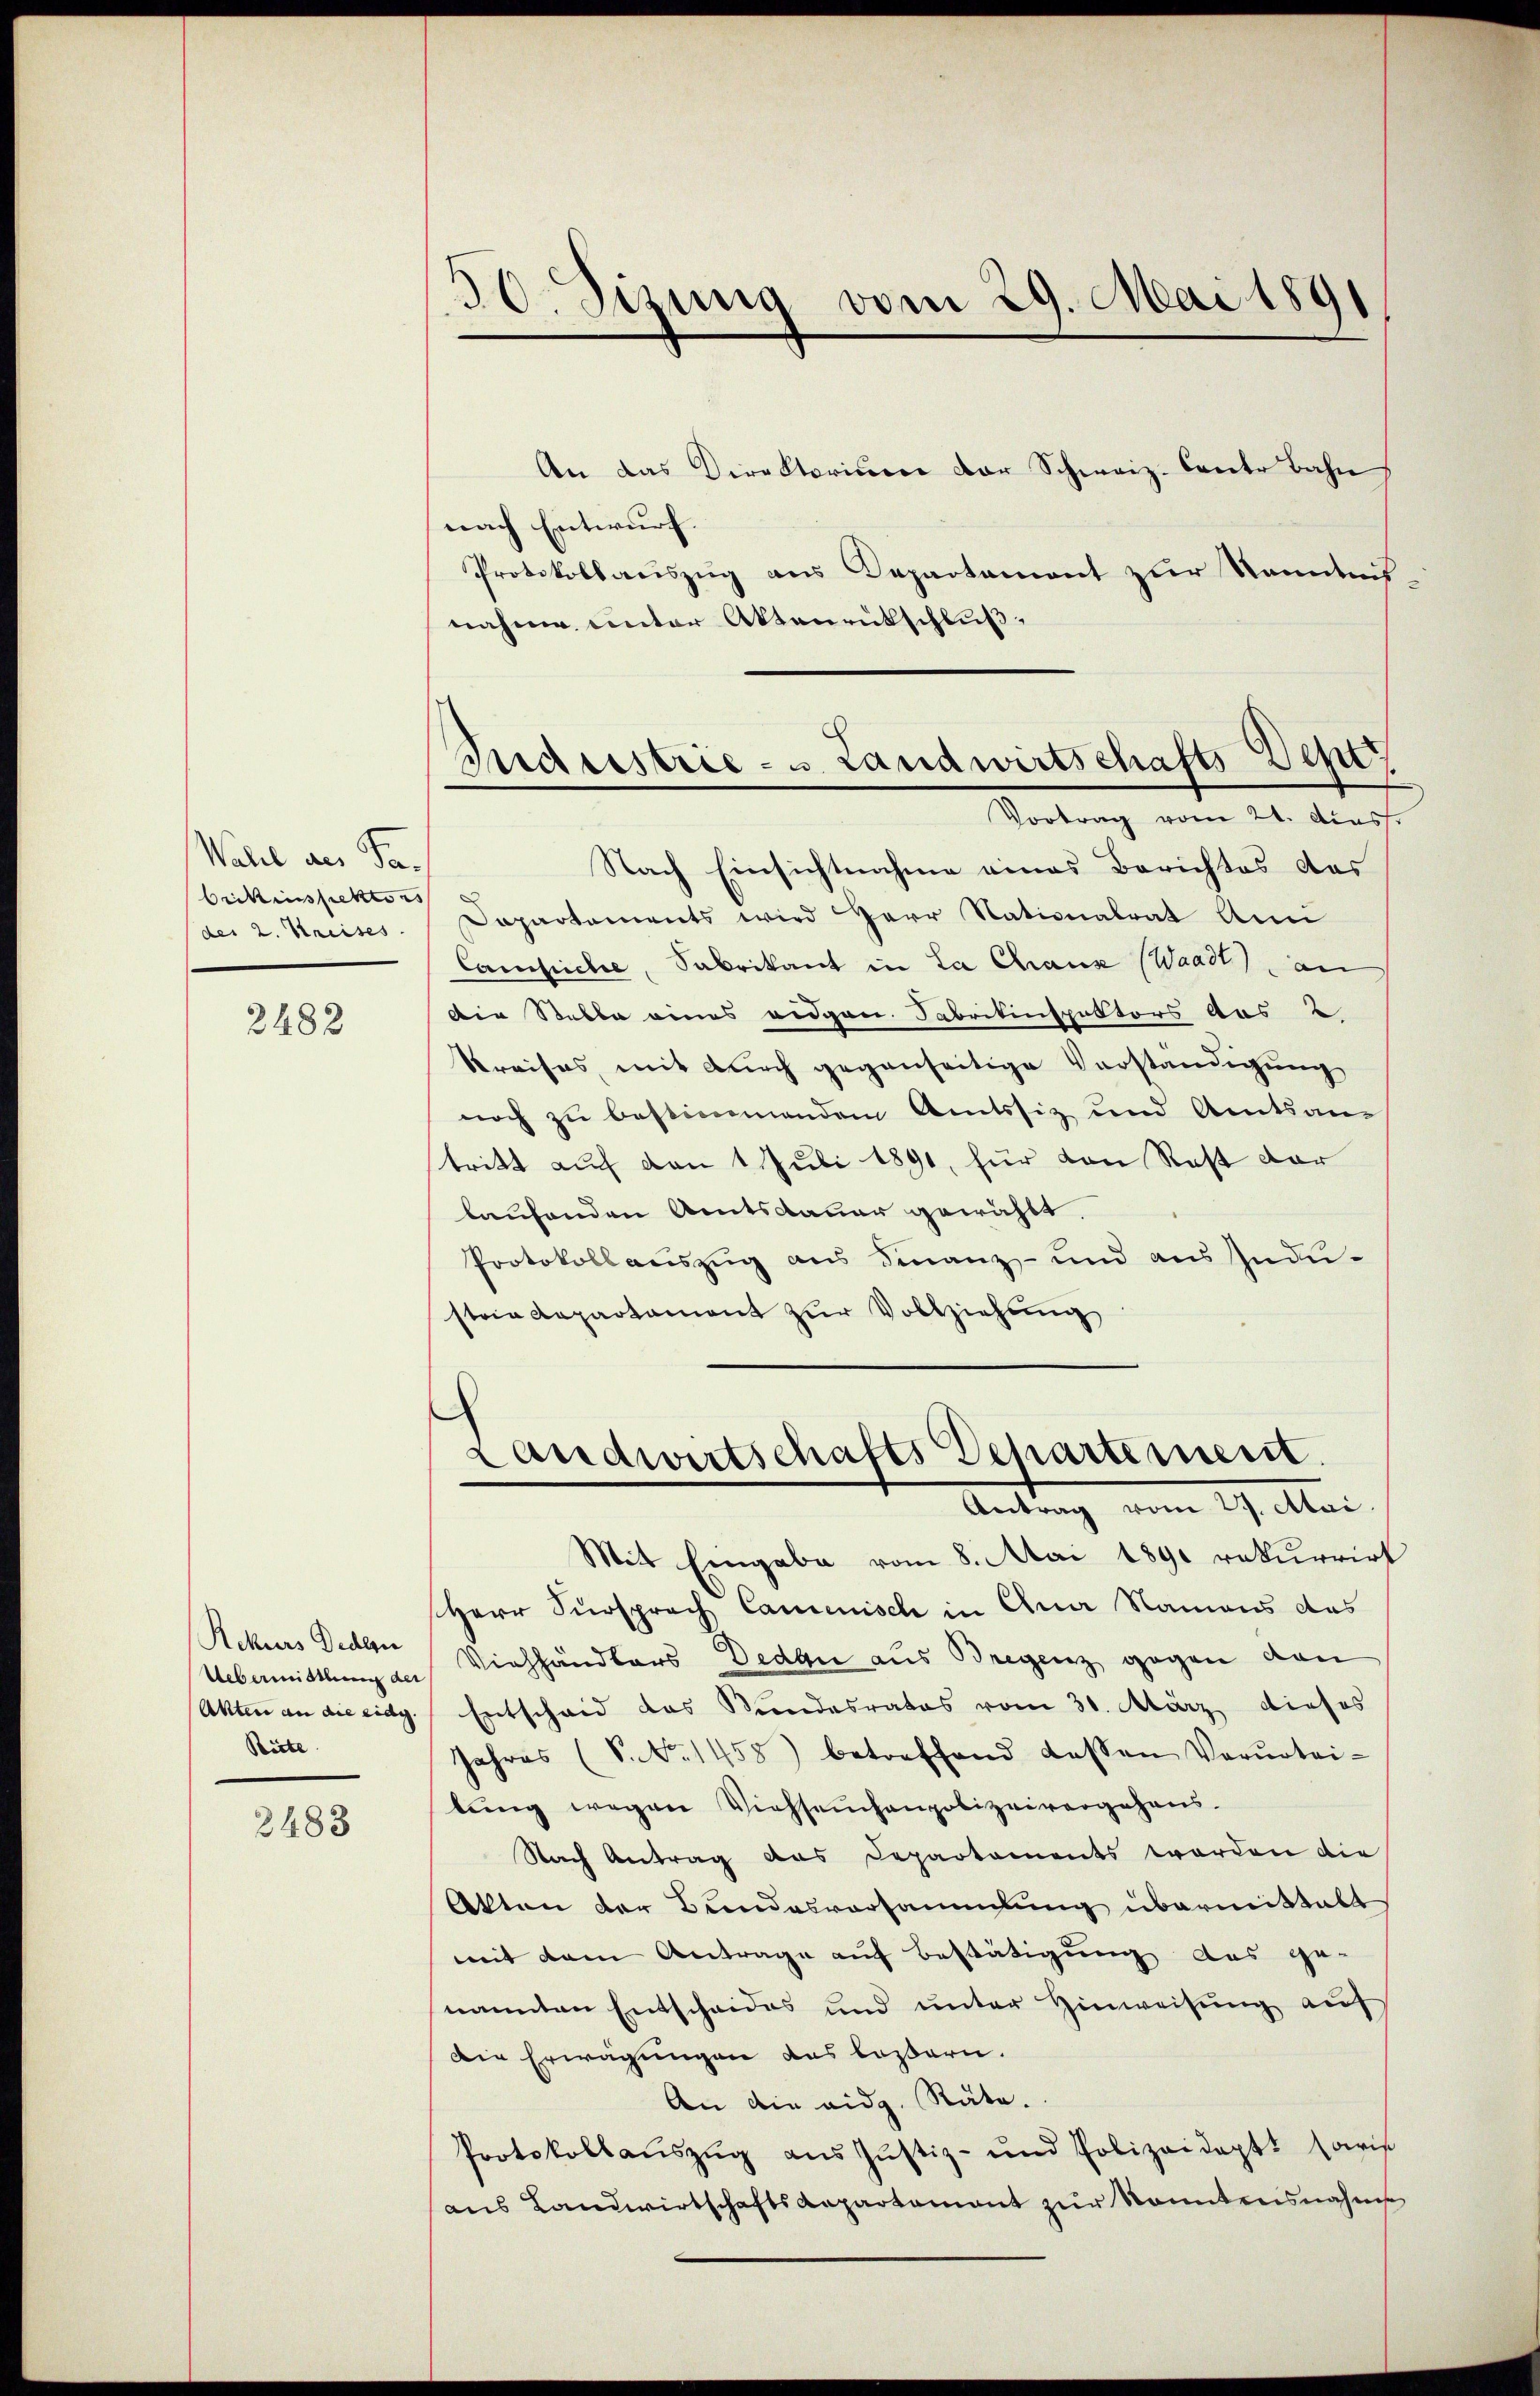
Wahl aus Ta¬
Orikinspektors
der 2. Kreises.

2482

Rekurs Bedeu
Uebermittlung der
Akten an die eidg.
Ricte

2483

An das Direktorium der Schweiz. Canto Bahn
nach Entwurf.
Protokollauszug aus Departement zur Kenntnisnahme unter Aktenrütschluß,
Nach Einsichtnahme eines Berichtes des
Dapartements wird Herr Nationalrat Ann
Camliche, Sabrikant in La Chaux (Waadt) an
Die Stable eines eidgen. Fabrikinspektors aus
Kreises, mit durch gegenseitige Vorständigung
noch zu bestimmendem Amtssiz und Amtsan-
tritt auf den 1. Juli 1891, für den Rest dar
laufenden Amtsdauer gewählt.
Protokoll auszug aus Finanz- und aus Indu-
stria Repartament zŭr Vollziehung

50 Sizung vom 29. Mai 1891

Sudeestrie - u Landwirtschafts Dep
Vortrag vom 21. diess.

Landwirtschafts Departement.
Antrag vom 17. Mai.

Mit Eingabe vom 8. Mai 1890 rekurrirt
Herr Fürsprach Camenisch in Ana Namens das
Viehhändlers Dedau aus Bregenz gegen den
Entscheid das Kundesrates vom 30. März dieses
Jahres (S. Nr. 1458) betreffend dassen Verurtei-
lung wegen Viehseinhaupolizeivergehens.
Nach Antrag aus Departaments worden die
Atten der Bundesvorsammlung übermittalt
mit dem Antrage auf Bestätigung aus ge-
nannten Entscheides und unter Hinweisung auf
Die Erwägungen das lassern.
An die eidg. Räte.
Protokollaŭszŭg aŭs Jŭstiz- und Polizeidaptt sowis
aus Landwirtschaftskapartement zur Sonntensnahme